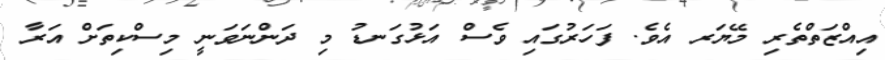
އިއްޒަތްތެރި މޭޔަރ އެވެ. ފަހަރުގައި ވެސް އަޅުގަނޑު މި ދަންނަވަނީ މިސްކިތަށް އަރާ